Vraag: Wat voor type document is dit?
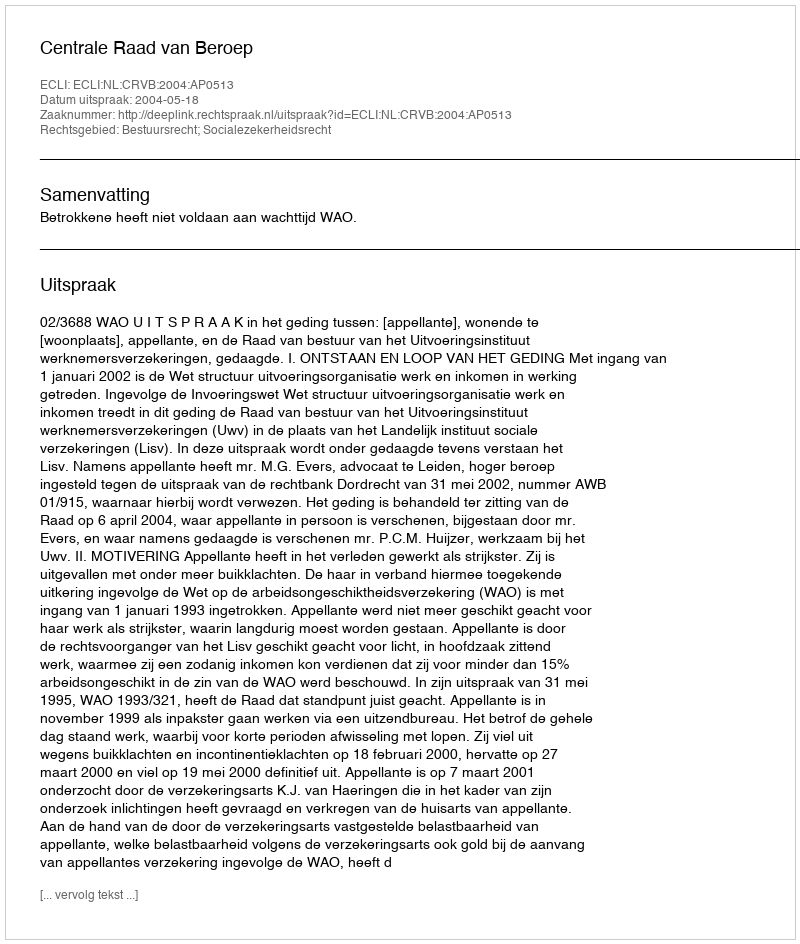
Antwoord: Uitspraak